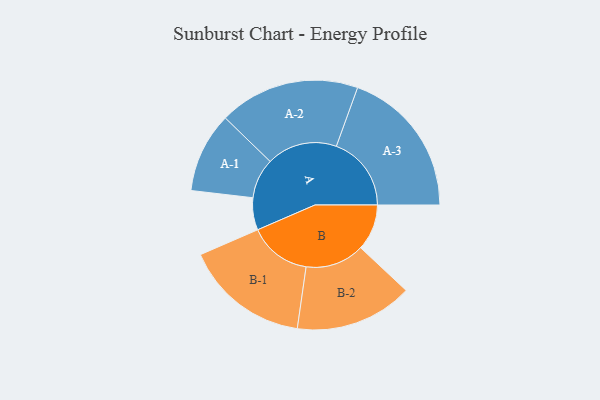
{"axis": {"x": "Segment", "y": "Value"}, "legend": ["", "A", "B"], "data": [{"x": "A", "y": 106, "type": ""}, {"x": "B", "y": 152, "type": ""}, {"x": "A-1", "y": 132, "type": "A"}, {"x": "A-2", "y": 232, "type": "A"}, {"x": "A-3", "y": 247, "type": "A"}, {"x": "B-1", "y": 206, "type": "B"}, {"x": "B-2", "y": 194, "type": "B"}]}